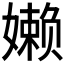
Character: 𰌙